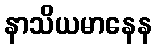
နာသိယမာနေန